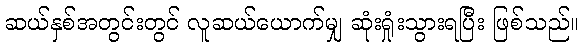
ဆယ်နှစ်အတွင်းတွင် လူဆယ်ယောက်မျှ ဆုံးရှုံးသွားရပြီး ဖြစ်သည်။